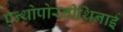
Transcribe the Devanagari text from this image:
एन्थ्रोपोरनीथिनाई